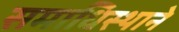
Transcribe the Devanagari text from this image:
समाधिस्थाने